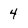
Character: 4